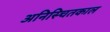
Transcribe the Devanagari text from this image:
अनिस्चितकाल